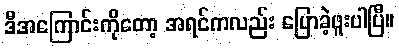
ဒီအကြောင်းကိုတော့ အရင်ကလည်း ပြောခဲ့ဖူးပါပြီ။